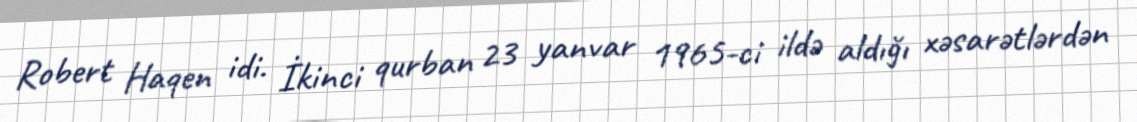
Robert Haqen idi. İkinci qurban 23 yanvar 1965-ci ildə aldığı xəsarətlərdən